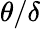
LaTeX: \theta/\delta